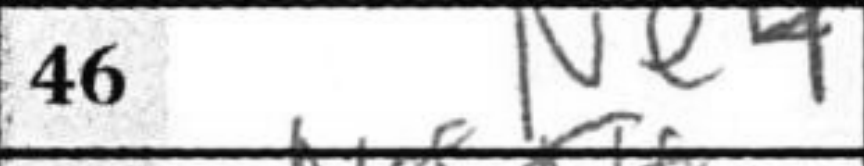
Transcription: Ne4